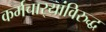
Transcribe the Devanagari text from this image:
कर्मचार्‍यांविरुद्ध